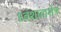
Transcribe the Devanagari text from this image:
ध्वंशावाशेष